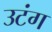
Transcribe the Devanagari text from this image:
उटंग